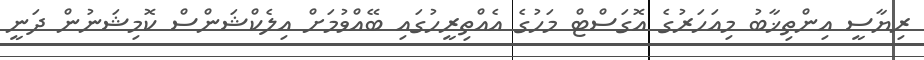
ރިޔާސީ އިންތިޚާބު މިއަހަރުގެ އޮގަސްޓް މަހުގެ އެއްތިރީހުގައި ބޭއްވުމަށް އިލެކްޝަންސް ކޮމިޝަނުން ދަނީ